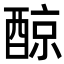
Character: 䣼